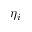
\eta _ { i }